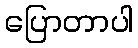
ပြောတာပါ